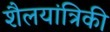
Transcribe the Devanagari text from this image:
शैलयांत्रिकी